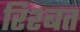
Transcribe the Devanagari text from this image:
रिश्बत